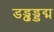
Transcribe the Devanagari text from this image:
डड्ढड्डद्म